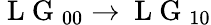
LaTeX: \mathrm{~L~G~}_{00}\rightarrow\mathrm{~L~G~}_{10}